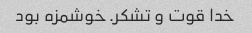
خدا قوت و تشکر. خوشمزه بود